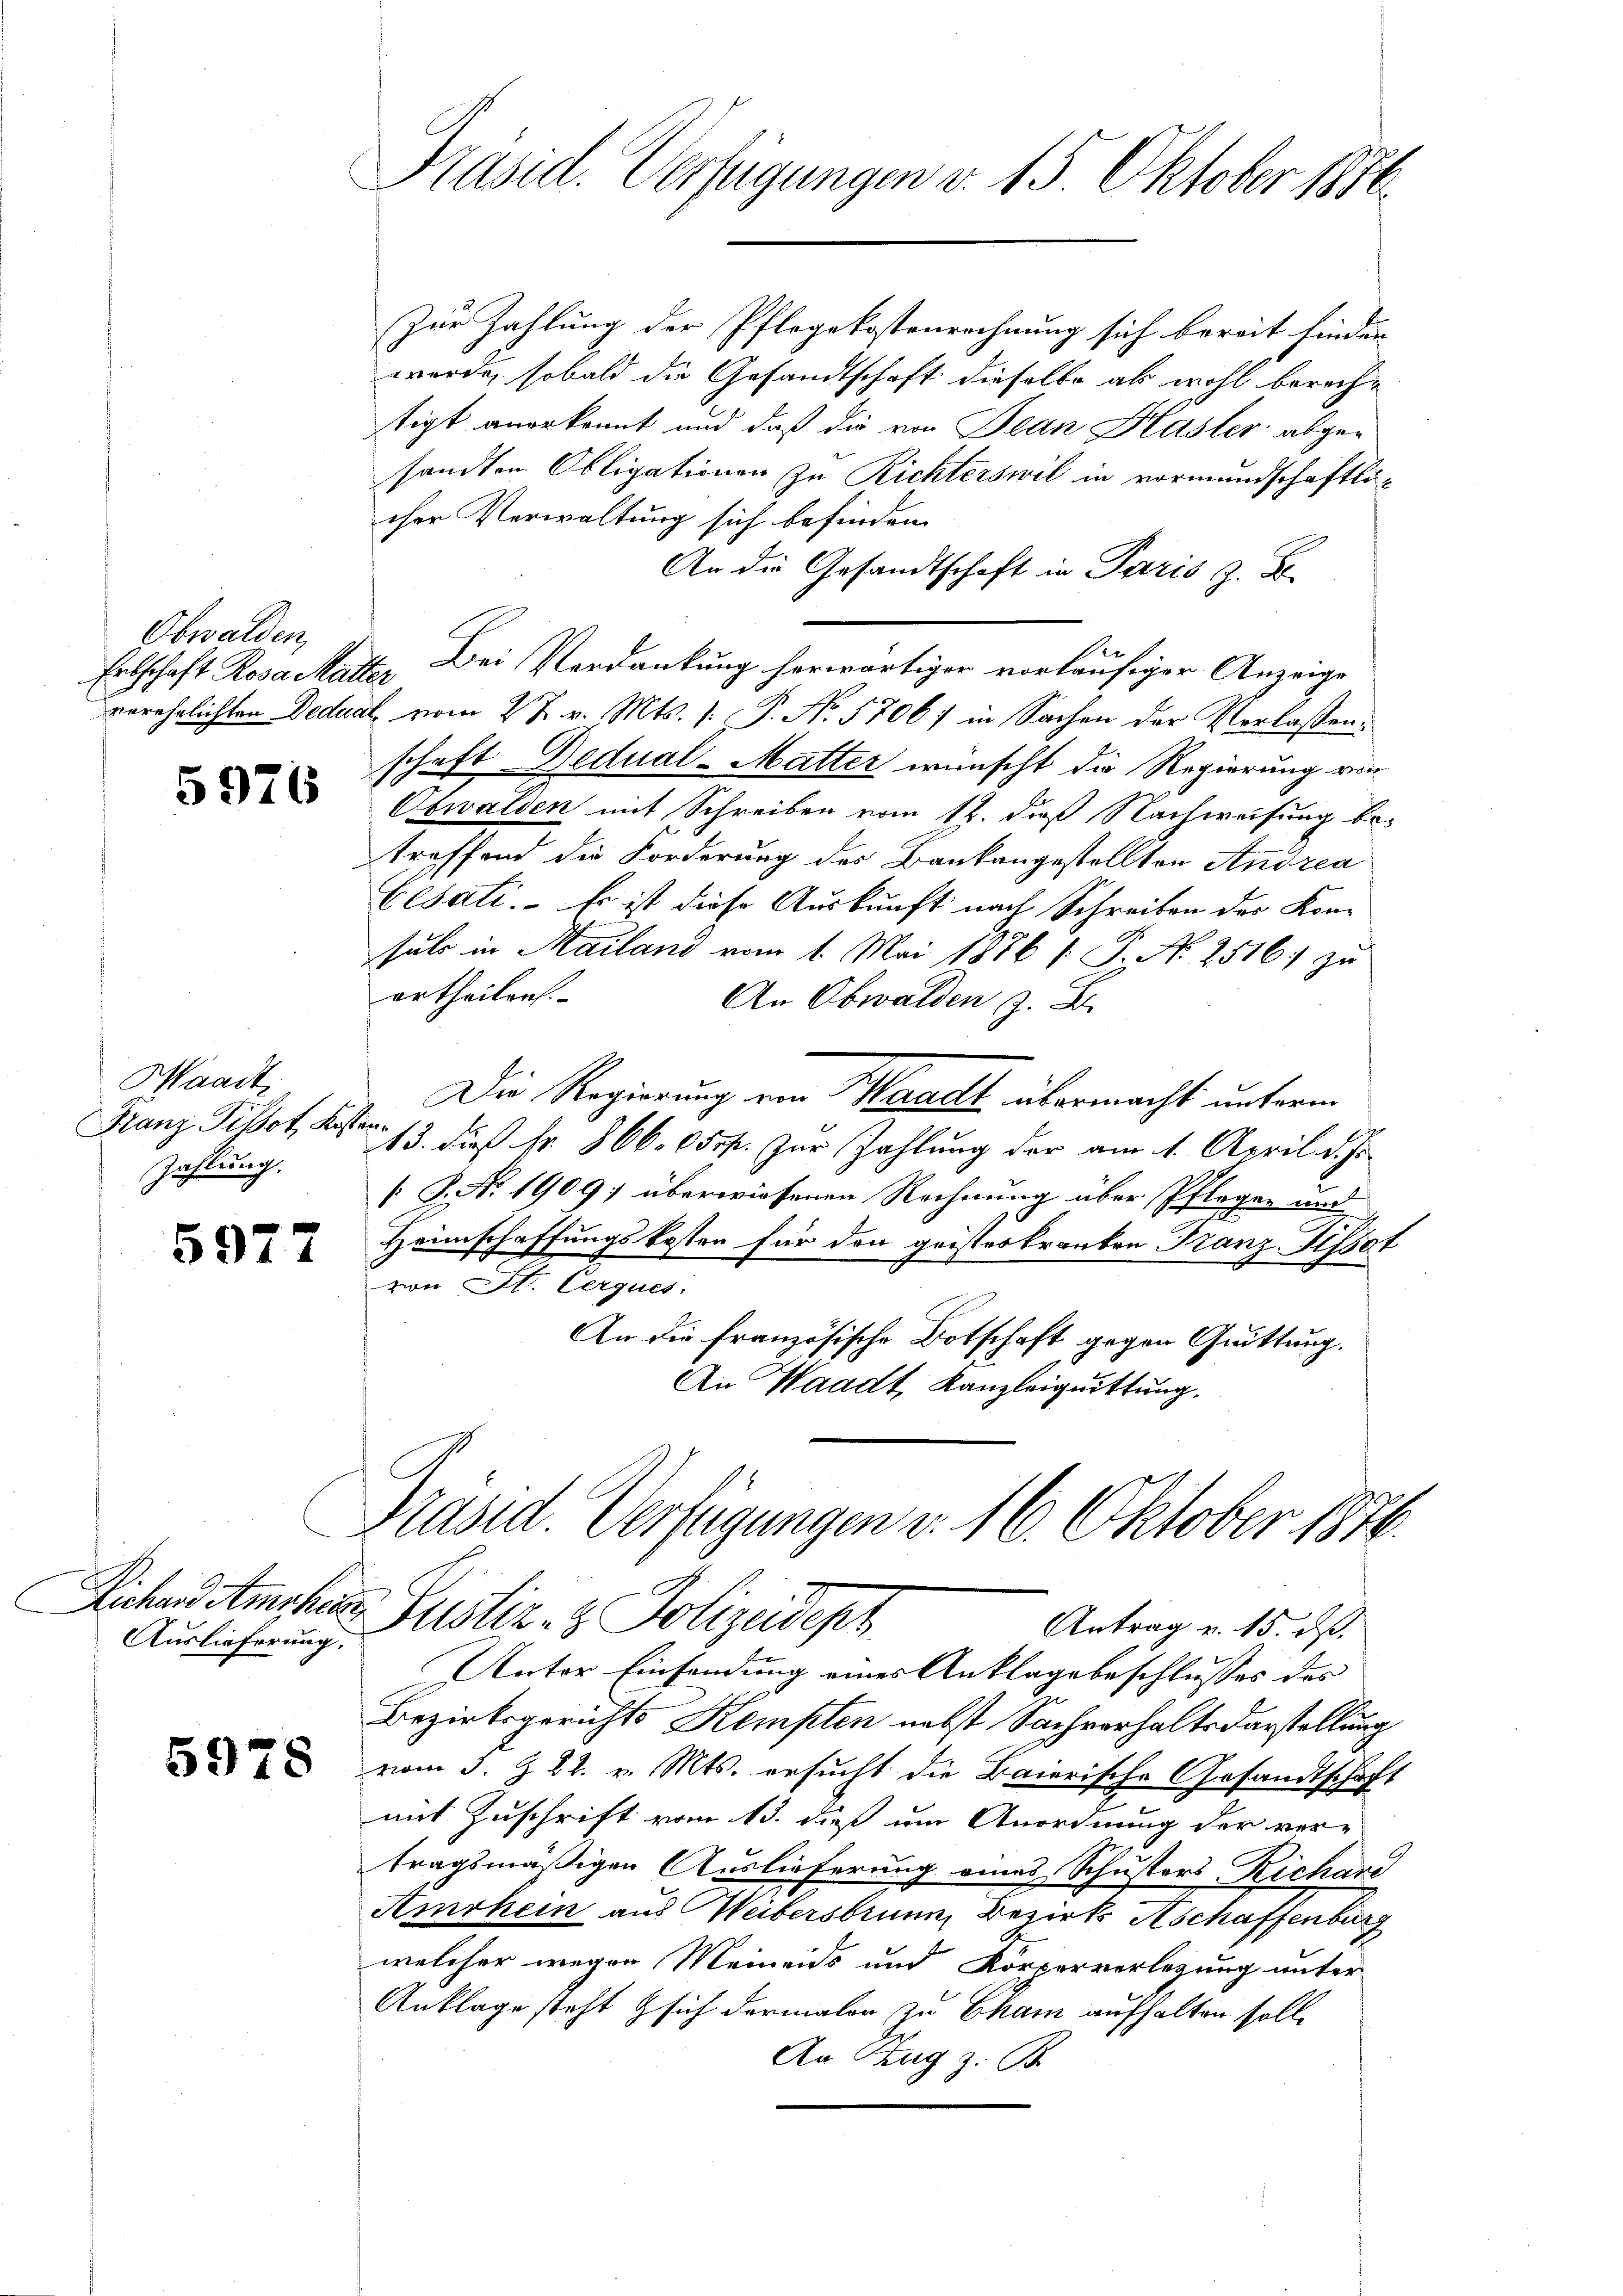
Obwalden,

5976

Waadt,
Franz Pissot Ker
Zahlung.

5977

Auslieferung.

5978

Präsid. Verfügungen v. 15. Oktober 1886.

Zur Zahlung der Pflegekostenrechnung sich bereit finden
werde, sobald die Gesandtschaft dieselbe ab wohl berechtigt anerkannt und daß die von Jean Hasler abge-
sandten Obligationen zu Richterswil in vormundschaftlicher Verwaltung sich befinden.
An die Gesandtschaft in Paris z. B.

Erbschaft Rosa Matte. Bei Verdankung herwärtiger vorläufiger Anzeige
verehrlichten Deduat vom 27. v. Mts. 1. P. Nr. 5706; in Sachen der Verlassen.
schaft Dedual-Matter wünscht die Regierung von
Obwalden mit Schreiben vom 12. daß Nachweisung be-
treffend die Forderung des Baukangestellten Andrea
Cesati. Es ist diese Auskunft nach Schreiben der Kon-
suls in Mailand vom 1. Mai 1876 s. S. N. 2516;
ertheilen.
An Obwalden z. B.
Die Regierung von Waadt übermacht unterm
B
13. dieß fr. 866. 050f. zur Zahlung der am 1. April d. Js.
[S. No 1909 überwiesenen Rechnung über Pflegen und
Heimschaffungskosten für den geisteskranken Franz Tissot
zwei St. Cerques.
An die französische Botschaft gegen Quittung.
An Waadt, Kanzleiguittung.

Präsid. Verfügungen v. 16. Oktober 1876.
Richend Amohann Justiz- & Polizeidepz
Antrag v. 15. ds.
Nator Einsendung eines Anklage beschlusses das

Bezirksgerichts Kempten nebst Sachverhaltsdarstellung
vom 3. Z. 22. v. Mts. ersucht die Baierische Gesandtschaft
mit Zuschrift vom 15. dieß um Anordnung der ver-
tragsmäßigen Auslieferung eines Schusters Richard
Amrhein aus Weibersbrunn, Bezirks Aschaffenburg
welcher wegen Meinends und Körperverlegung unter
Anklage steht sich dermalen zu Cham aufhalten solle
An Zug z. B.